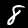
Digit: 8